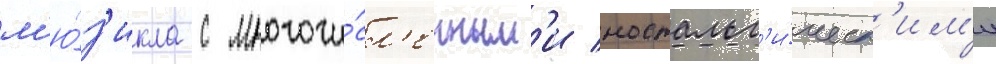
м'ю́з'икла с многочи́сл'енным'и ностальг'и́ческ'им'и